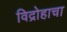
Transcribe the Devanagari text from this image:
विद्रोहाचा